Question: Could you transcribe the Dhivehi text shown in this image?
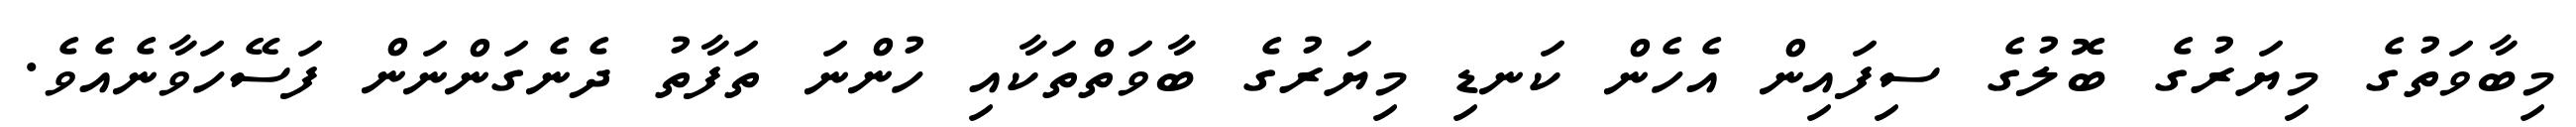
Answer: މިބާވަތުގެ މިޔަރުގެ ބޮލުގެ ސިފައިން އެހެން ކަނޑި މިޔަރުގެ ބާވަތްތަކާއި ހުންނަ ތަފާތު ދެނެގަންނަން ފަސޭހަވާނެއެވެ.